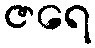
ဇရေ